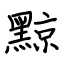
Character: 黥